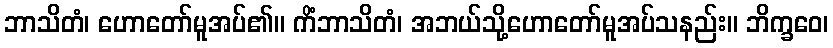
ဘာသိတံ၊ ဟောတော်မူအပ်၏။ ကိံဘာသိတံ၊ အဘယ်သို့ဟောတော်မူအပ်သနည်း။ ဘိက္ခဝေ၊